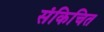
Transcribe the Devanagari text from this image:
संकिचित